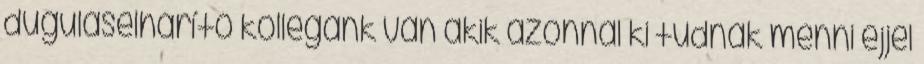
duguláselhárító kollégánk van akik azonnal ki tudnak menni éjjel